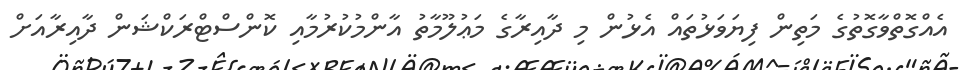
އެއްގޮތްވާގޮތުގެ މަތިން ފިޔަވަޅުތައް އެޅުން މި ދާއިރާގެ މަޢުލޫމާތު އާންމުކުރުމާއި ކޮންސްޓްރަކްޝަން ދާއިރާއަށް